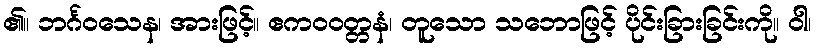
၏။ ဘင်္ဂဝသေန၊ အားဖြင့်။ ဧကဝဝတ္တနံ၊ တူသော သဘောဖြင့် ပိုင်းခြားခြင်းကို။ ဝါ၊